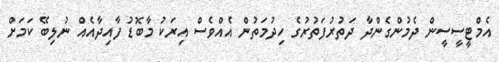
އެމްޓީސީސީން ދެމުންގެންދާ ދަތުރުފަތުރުގެ ހިދުމަތުން އެއްވެސް އިރަކު މާބޮޑު ފާއިދާއެއް ނުލިބޭ ކަމަށް